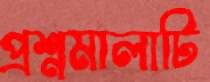
প্রশ্নমালাটি